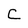
Character: C